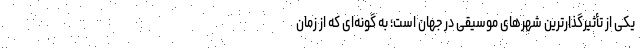
یکی از تأثیرگذارترین شهرهای موسیقی در جهان است؛ به گونه‌ای که از زمان